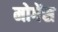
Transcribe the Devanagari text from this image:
मोगेंस